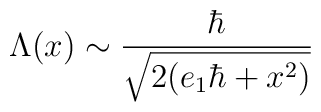
\Lambda (x) \sim \frac{\hbar}{\sqrt{2(e_{1} \hbar + x^{2})}}